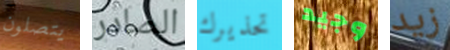
يتصلون الصادر تحذيرك وجيد زيد